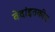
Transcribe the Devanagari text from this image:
वेदांइतकीच